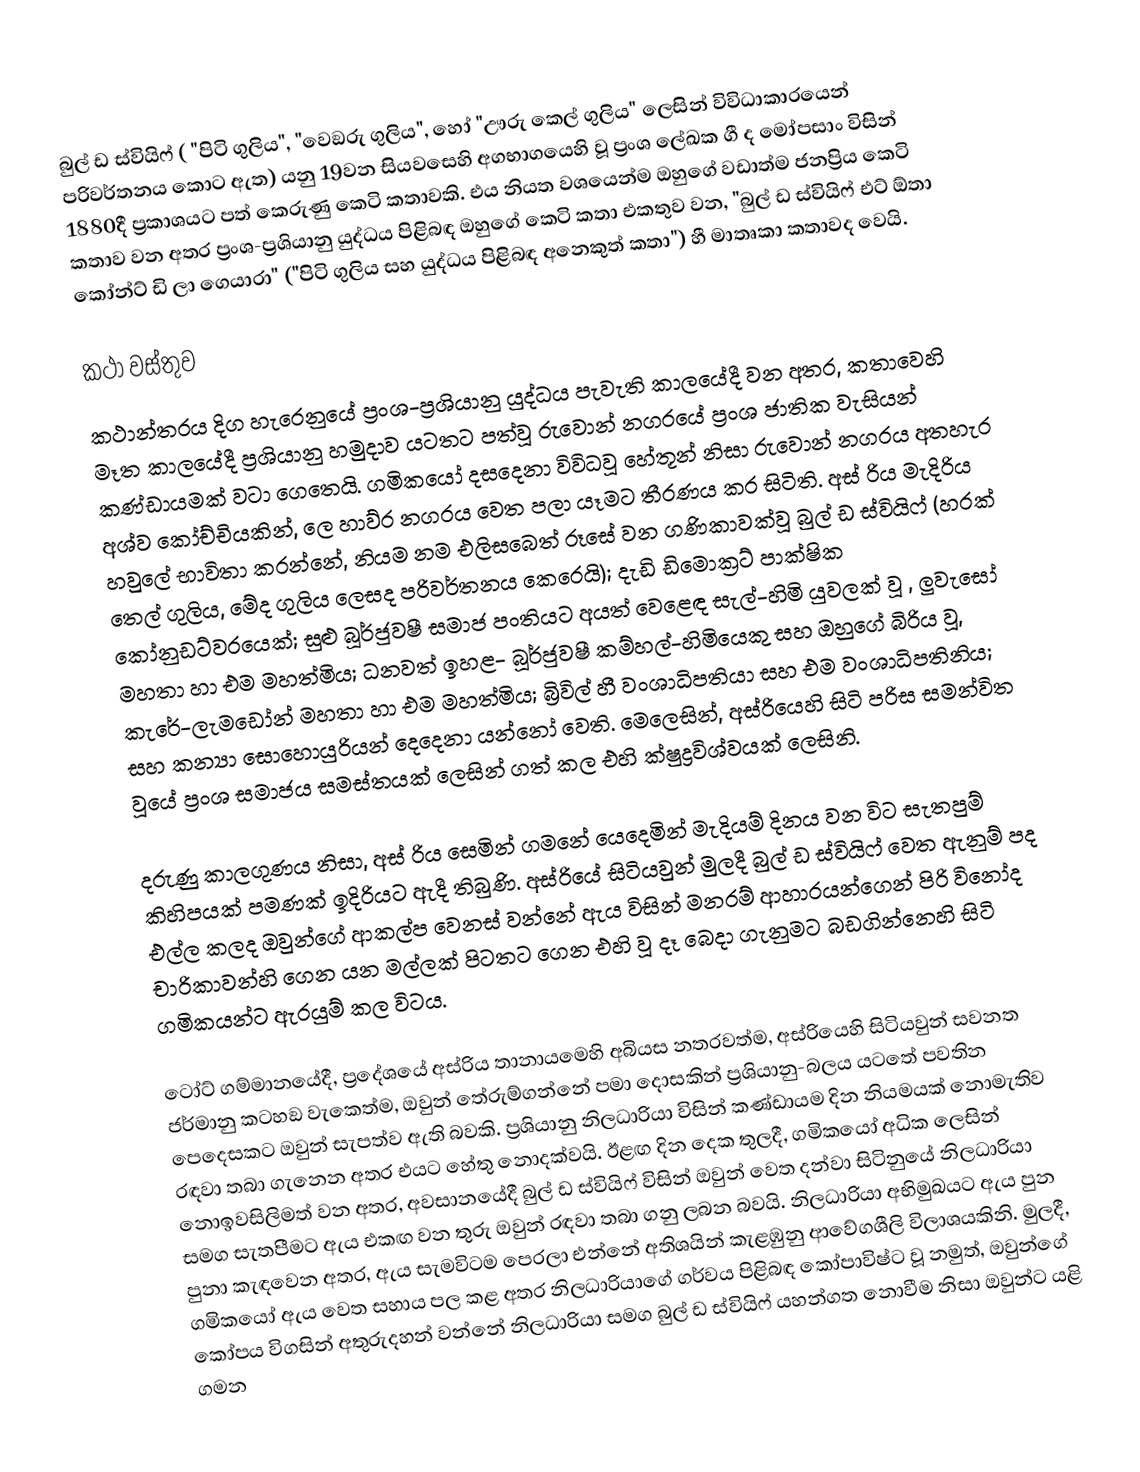
බුල් ඩ ස්වියිෆ් ( "පිටි ගුලිය", "වෙඞරු ගුලිය", හෝ "ඌරු කෙල් ගුලිය" ලෙසින් විවිධාකාරයෙන් පරිවර්තනය කොට ඇත) යනු  19වන සියවසෙහි අගභාගයෙහි වූ  ප්‍රංශ ලේඛක ගී ද මෝපසාං විසින් 1880දී ප්‍රකාශයට පත් කෙරුණු කෙටි කතාවකි. එය නියත වශයෙන්ම ඔහුගේ වඩාත්ම ජනප්‍රිය කෙටි කතාව වන අතර ප්‍රංශ-ප්‍රශියානු යුද්ධය පිළිබඳ ඔහුගේ කෙටි කතා එකතුව වන, "බුල් ඩ ස්වියිෆ් එට් ඕතා කෝන්ට් ඩි ලා ගෙයාරා" ("පිටි ගුලිය සහ යුද්ධය පිළිබඳ අනෙකුත් කතා") හී මාතෘකා කතාවද වෙයි.

කථා වස්තුව
කථාන්තරය දිග හැරෙනුයේ ප්‍රංශ-ප්‍රශියානු යුද්ධය පැවැති කාලයේදී වන අතර, කතාවෙහි මෑත කාලයේදී  ප්‍රශියානු හමුදාව යටතට පත්වූ රුවොන් නගරයේ ප්‍රංශ ජාතික වැසියන් කණ්ඩායමක් වටා ගෙතෙයි. ගමිකයෝ දසදෙනා විවිධවූ හේතූන් නිසා රුවොන් නගරය අතහැර  අශ්ව කෝච්චියකින්, ලෙ හාව්ර නගරය වෙත පලා යෑමට තීරණය කර සිටිති. අස්  රිය මැදිරිය හවුලේ භාවිතා කරන්නේ, නියම නම  එලිසබෙත් රූසේ වන ගණිකාවක්වූ  බුල් ඩ ස්වියිෆ් (හරක් තෙල් ගුලිය,  මේද ගුලිය ලෙසද පරිවර්තනය කෙරෙයි); දැඩි ඩිමොක්‍රට් පාක්ෂික කෝනුඩට්වරයෙක්; සුළු බූර්ජුවෂී සමාජ පංතියට අයත් වෙළෙඳ සැල්-හිමි යුවලක් වූ , ලුවැසෝ මහතා හා එම මහත්මිය; ධනවත් ඉහළ- බූර්ජුවෂී කම්හල්-හිමියෙකු සහ ඔහුගේ බිරිය වූ, කැරේ-ලැමඩෝන් මහතා හා එම මහත්මිය; බ්‍රිවිල් හී වංශාධිපතියා සහ  එම වංශාධිපතිනිය; සහ  කන්‍යා සොහොයුරියන් දෙදෙනා යන්නෝ වෙති. මෙලෙසින්, අස්රියෙහි සිටි පරිස සමන්විත වූයේ ප්‍රංශ සමාජය සමස්තයක් ලෙසින් ගත් කල එහි  ක්ෂුද්‍රවිශ්වයක් ලෙසිනි.

දරුණු කාලගුණය නිසා, අස් රිය සෙමින් ගමනේ යෙදෙමින් මැදියම් දිනය වන විට සැතපුම් කිහිපයක් පමණක් ඉදිරියට ඇදී තිබුණි. අස්රියේ සිටියවුන් මුලදී බුල් ඩ ස්වියිෆ්  වෙත ඇනුම් පද එල්ල කලද ඔවුන්ගේ  ආකල්ප වෙනස් වන්නේ ඇය විසින් මනරම් ආහාරයන්ගෙන් පිරි  විනෝද චාරිකාවන්හි ගෙන යන මල්ලක්  පිටතට ගෙන එහි වූ දෑ බෙදා ගැනුමට බඩගින්නෙහි සිටි ගමිකයන්ට ඇරයුම් කල විටය.

ටෝට් ගම්මානයේදී, ප්‍රදේශයේ අස්රිය තානායමෙහි අබියස නතරවත්ම, අස්රියෙහි  සිටියවුන් සවනත ජර්මානු කටහඞ වැකෙත්ම,  ඔවුන් තේරුම්ගන්නේ  පමා දොසකින් ප්‍රශියානු-බලය යටතේ පවතින පෙදෙසකට ඔවුන් සැපත්ව ඇති බවකි. ප්‍රශියානු නිලධාරියා විසින් කණ්ඩායම දින නියමයක් නොමැතිව රඳවා තබා ගැනෙන අතර එයට හේතු නොදක්වයි. ඊළඟ  දින දෙක තුලදී, ගමිකයෝ අධික ලෙසින් නොඉවසිලිමත් වන අතර, අවසානයේදී  බුල් ඩ ස්වියිෆ්  විසින් ඔවුන් වෙත දන්වා සිටිනුයේ නිලධාරියා සමග සැතපීමට ඇය එකඟ වන තුරු ඔවුන් රඳවා තබා ගනු ලබන බවයි. නිලධාරියා අභිමුඛයට ඇය පුන පුනා කැඳවෙන අතර, ඇය සැමවිටම පෙරලා එන්නේ  අතිශයින් කැළඹුනු ආවේගශීලි විලාශයකිනි. මුලදී, ගමිකයෝ ඇය වෙත සහාය පල කළ අතර නිලධාරියාගේ ගර්වය පිළිබඳ කෝපාවිෂ්ට වූ නමුත්, ඔවුන්ගේ කෝපය විගසින් අතුරුදහන් වන්නේ නිලධාරියා සමග බුල් ඩ ස්වියිෆ් යහන්ගත නොවීම නිසා ඔවුන්ට යළි ගමන